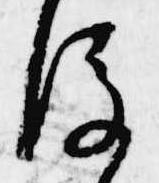
後